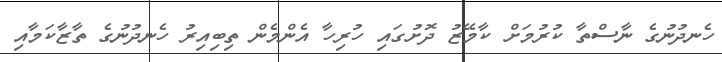
ހެނދުނުގެ ނާސްތާ ކުރުމަށް ކާމޭޒު ދޮށުގައި ހުރިހާ އެންމެން ތިބިއިރު ހެނދުނުގެ ތާޒާކަމާއި